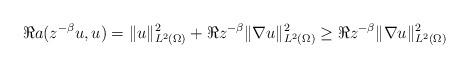
LaTeX: \begin{align*} \Re a(z^{-\beta}u,u) = \|u\|_{L^2(\Omega)}^2 + \Re z^{-\beta}\|\nabla u\|_{L^2(\Omega)}^2\geq \Re z^{-\beta}\|\nabla u\|_{L^2(\Omega)}^2 \end{align*}